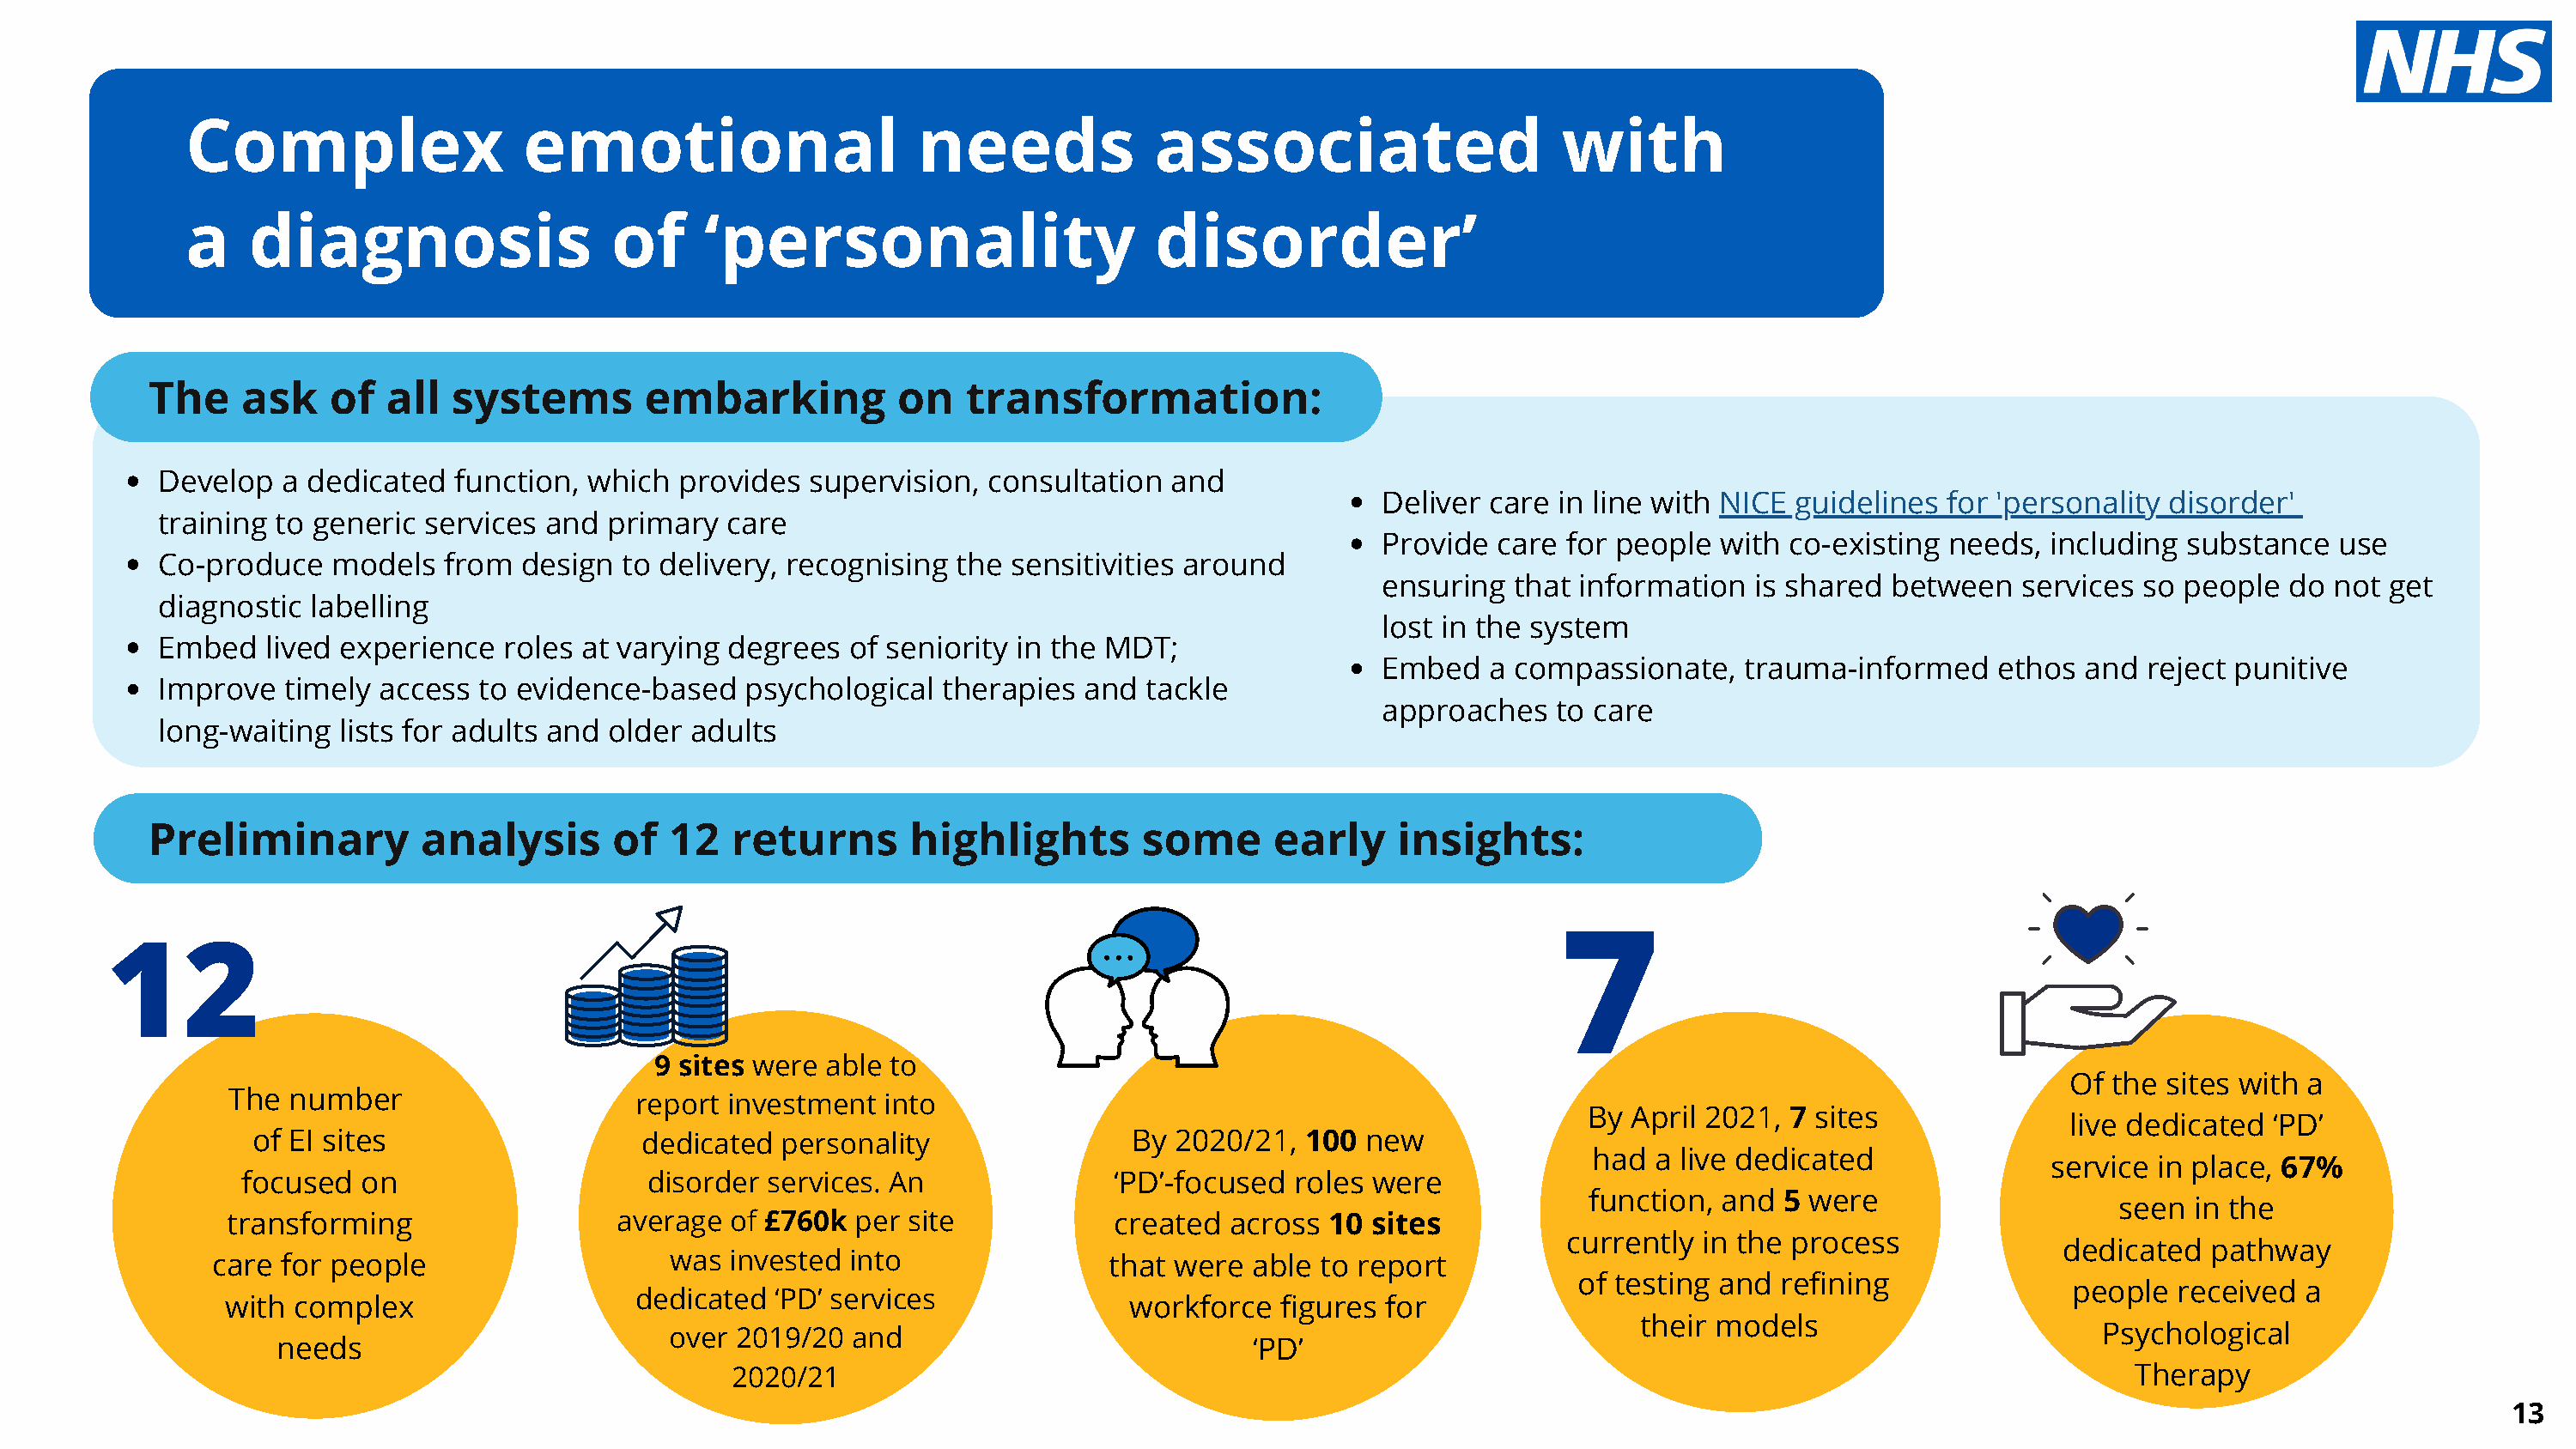
Complex                   emotional                      needs             associated                     with
 a    diagnosis                   of     ‘personality                       disorder’
 The     ask   of   all  systems        embarking          on   transformation:
 Develop   a dedicated  function, which  provides  supervision,  consultation  and
 Deliver care in line with NICE guidelines  for 'personality disorder'
 training to generic  services and  primary  care
 Provide care  for people  with co-existing needs,  including  substance  use
 Co-produce    models  from  design  to delivery, recognising  the sensitivities around
 ensuring  that information  is shared  between   services so people  do  not get
 diagnostic  labelling
 lost in the system
 Embed   lived experience   roles at varying degrees  of seniority in the MDT;
 Embed   a compassionate,   trauma-informed     ethos  and reject punitive
 Improve   timely access  to evidence-based   psychological   therapies  and tackle
 approaches   to care
 long-waiting  lists for adults and older adults
 Preliminary          analysis       of   12  returns       highlights        some      early     insights:
 7
 12
 9 sites were  able to
 Of the sites with a
 The number
 report investment  into
 By  April 2021, 7 sites
 live dedicated ‘PD’
 of EI sites                   dedicated  personality                By  2020/21,  100 new
 had  a live dedicated
 service in place, 67%
 focused  on                    disorder services. An               ‘PD’-focused  roles were
 function,  and 5 were
 seen  in the
 transforming                   average of £760k  per site            created  across 10  sites
 currently in the process
 dedicated  pathway
 care  for people                    was invested into                 that were  able to report
 of testing and refining
 people  received  a
 dedicated  ‘PD’ services
 with  complex                                                         workforce   figures for
 their models
 over 2019/20  and                                                                                             Psychological
 needs                                                                       ‘PD’
 2020/21                                                                                                      Therapy
 13